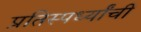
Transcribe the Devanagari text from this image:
प्रतिस्पर्ध्यांची